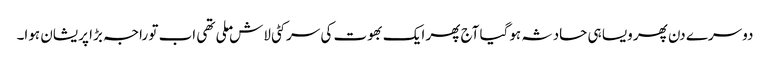
دوسرے دن پھر ویسا ہی حادثہ ہوگیا آج پھر ایک بھوت کی سر کٹی لاش ملی تھی اب تو راجہ بڑا پریشان ہوا۔